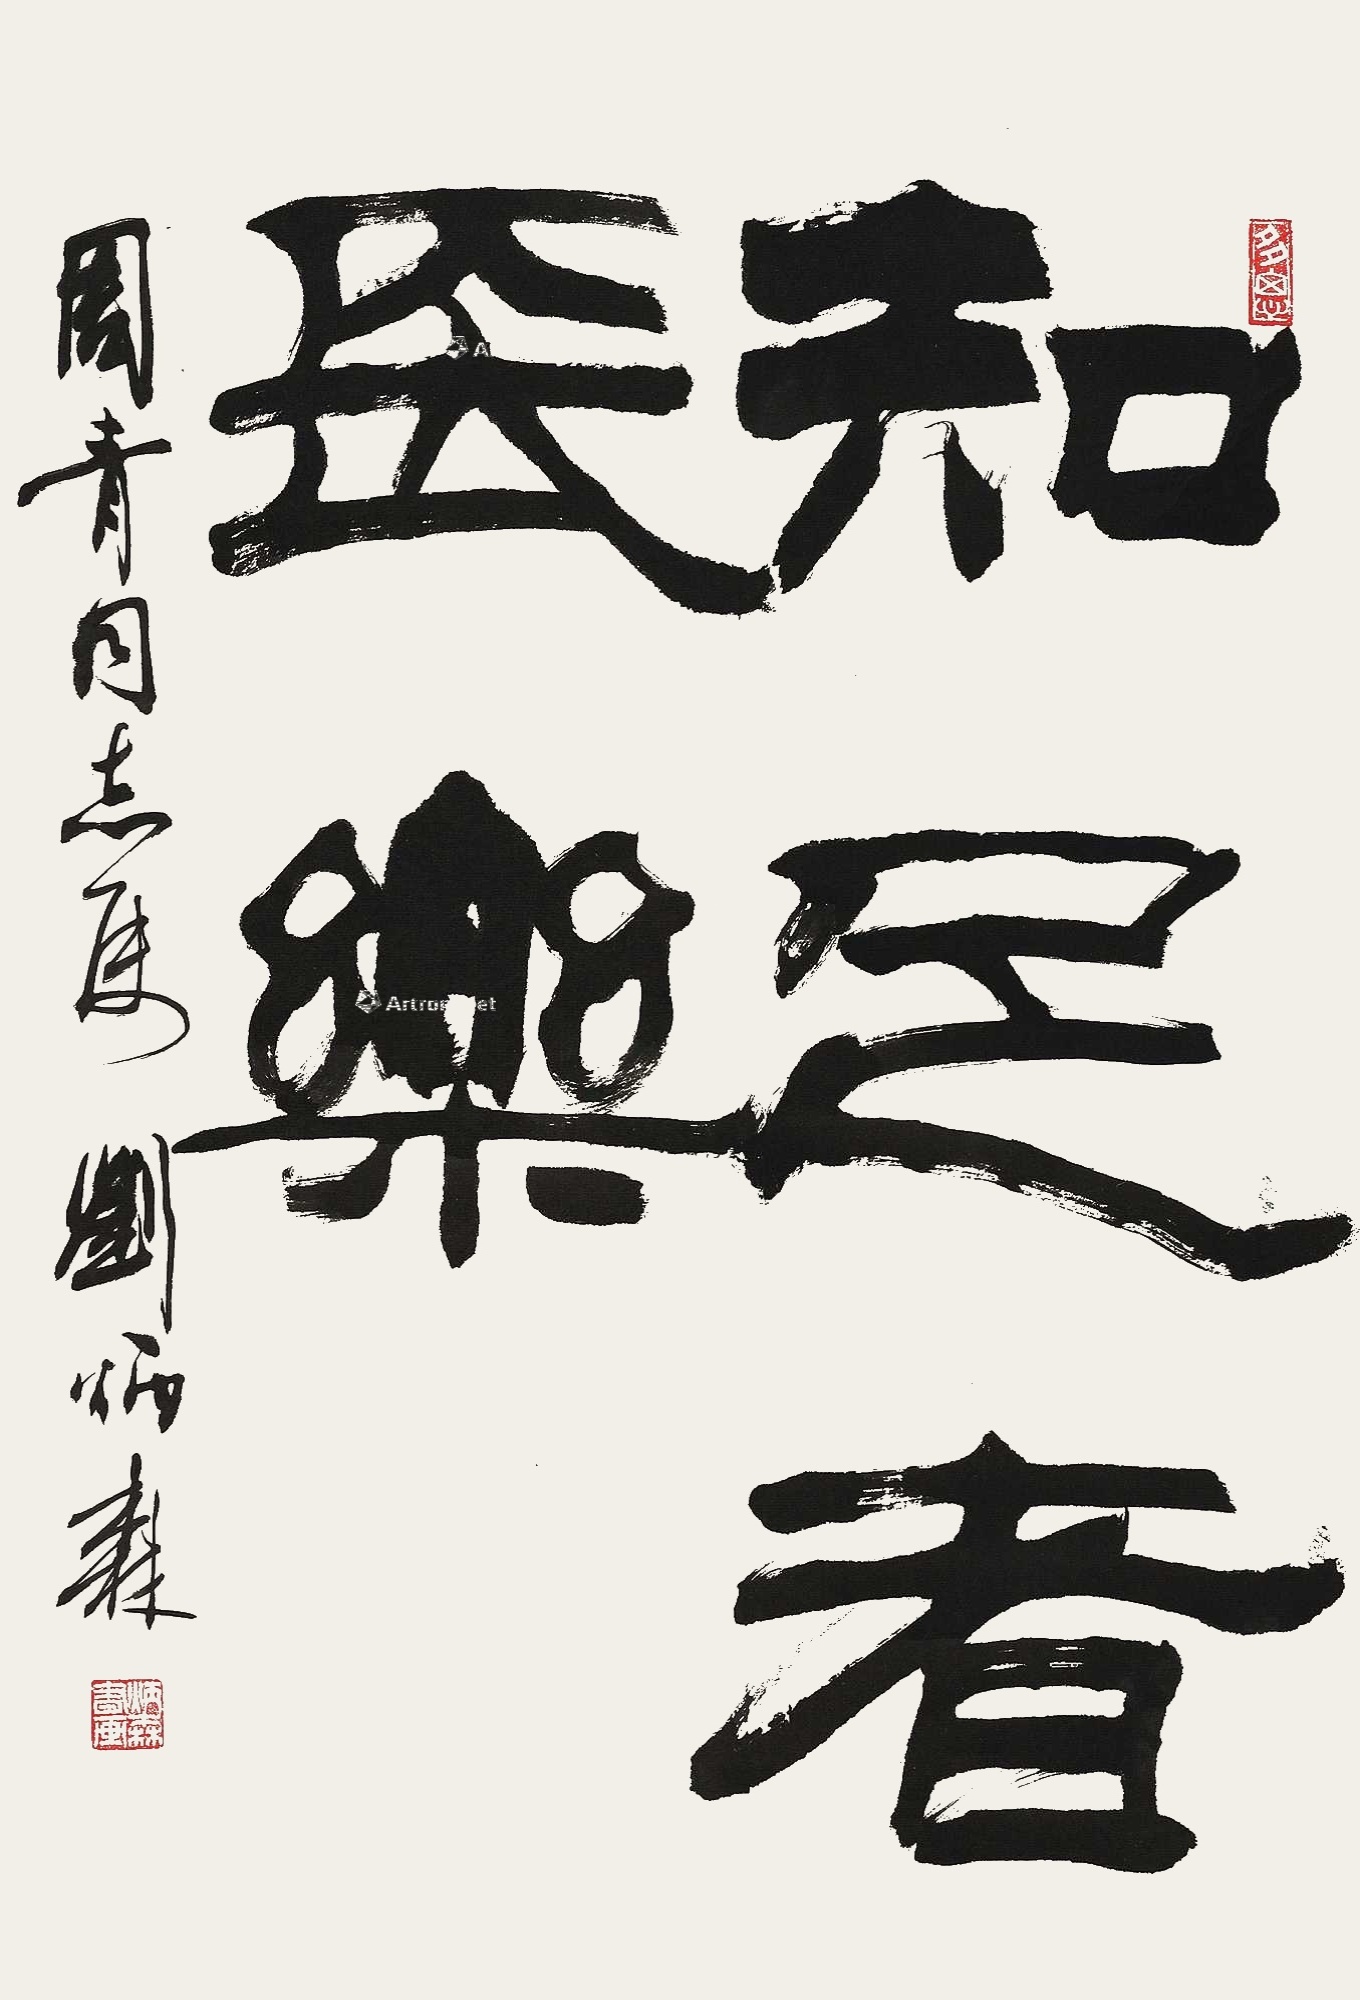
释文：知足者常乐。周青同志属。刘炳森。